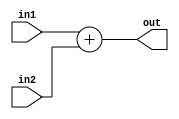
`define WORD_SIZE [7:0]
`define RESULT_SIZE [15:0]

module ADD (out, in1, in2);
    output reg `RESULT_SIZE out;
	input `WORD_SIZE in1;
	input `RESULT_SIZE in2;
	always @(*) begin
		out= in1 +in2;
	end
endmodule